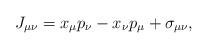
LaTeX: \begin{align*}J_{\mu\nu}=x_\mu p_\nu-x_\nu p_\mu+\sigma_{\mu\nu}, \end{align*}